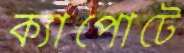
ক্যাপোটে